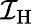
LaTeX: {\cal I}_{\mathrm{H}}